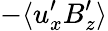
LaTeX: -\langle u_{x}^{\prime}B_{z}^{\prime}\rangle